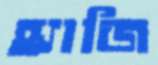
হ্যাজি